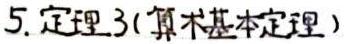
5. 定理3(算术基本定理)